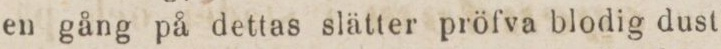
en gång på dettas slätter pröfva blodig dust